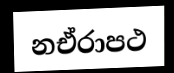
නඒරාපථ